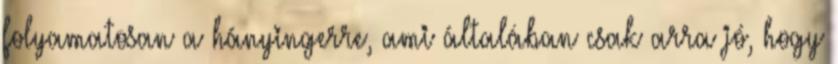
folyamatosan a hányingerre, ami általában csak arra jó, hogy